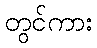
တွင်ကား